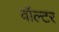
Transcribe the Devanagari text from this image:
वॉल्‍टर